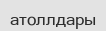
атоллдары